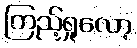
ကြည့်ရှုလော့